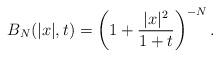
LaTeX: \begin{align*}B_{N}(|x|,t)=\left( 1+\frac{|x|^{2}}{1+t}\right)^{-N}.\end{align*}